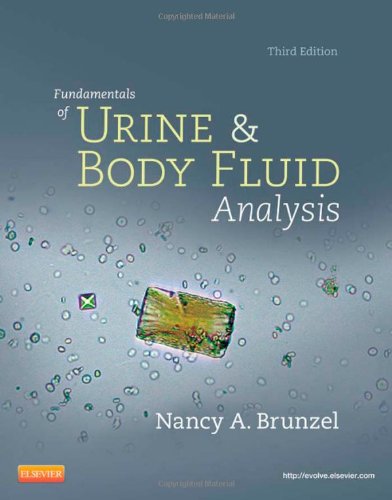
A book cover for Fundamentals of Urine and Body Fluid Analysis, 3e; Nancy A. Brunzel MS  CLS(NCA); Medical Books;